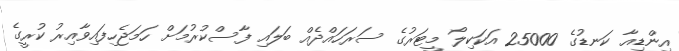
އިންޑިއާ ކަނޑުގެ 25000 އަކަކިލޯ މީޓަރުގެ ސަރަހައްދެއް ބަލައި ފާސްކުރުމަށް ހަމަޖެހިފައިވާއިރު ކުރީގެ